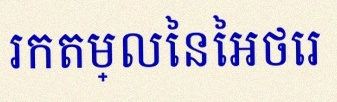
រកតម្លៃនៃអថេរ